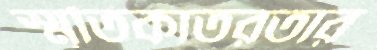
স্মৃতিকাতরতার